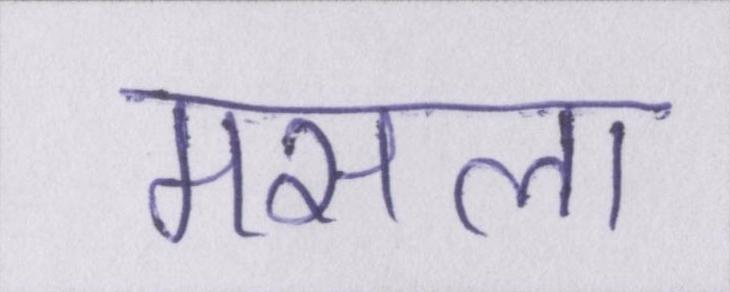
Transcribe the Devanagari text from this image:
मसला